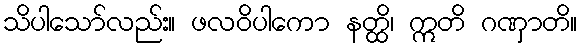
သိပါသော်လည်း။ ဖလဝိပါကော နတ္ထိ၊ ဣတိ ဂဏှာတိ။